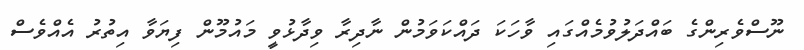
ނޫސްވެރިންގެ ބައްދަލުވުމެއްގައި ވާހަކަ ދައްކަވަމުން ނާދިރާ ވިދާޅުވީ މައުމޫން ފިޔަވާ އިތުރު އެއްވެސް